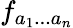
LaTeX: f_{a_{1}...a_{n}}